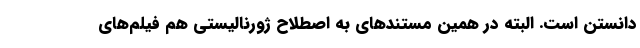
دانستن است. البته در همین مستندهای به اصطلاح ژورنالیستی هم فیلم‌های